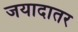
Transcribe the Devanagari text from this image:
जयादातर